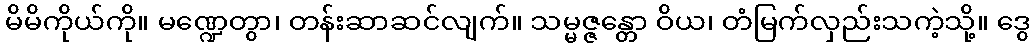
မိမိကိုယ်ကို။ မဏ္ဍေတွာ၊ တန်းဆာဆင်လျက်။ သမ္မဇ္ဇန္တော ဝိယ၊ တံမြက်လှည်းသကဲ့သို့။ ဒွေ